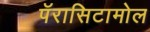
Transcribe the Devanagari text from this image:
पॅरासिटामोल